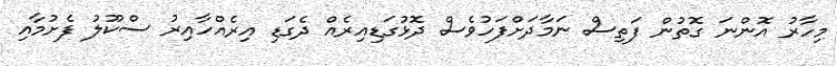
މިހާރު އޮންނަ ގޮތުން ފަތިސް ނަމާދަށްފަހުވެސް ދޮޅުގަޑިއިރެއް ދެގަޑި އިރެއްހާއިރު ސްކޫލު ފެށުމާއި